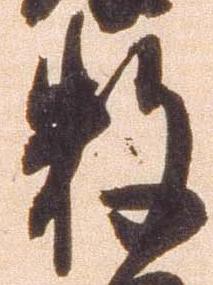
数